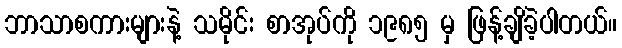
ဘာသာစကားများနဲ့ သမိုင်း စာအုပ်ကို ၁၉၈၅ မှ ဖြန့်ချိခဲ့ပါတယ်။